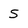
Character: S